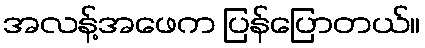
အလန့်အဖေက ပြန်ပြောတယ်။